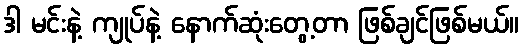
ဒါ မင်းနဲ့ ကျုပ်နဲ့ နောက်ဆုံးတွေ့တာ ဖြစ်ချင်ဖြစ်မယ်။